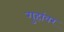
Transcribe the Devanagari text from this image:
गुहांवर